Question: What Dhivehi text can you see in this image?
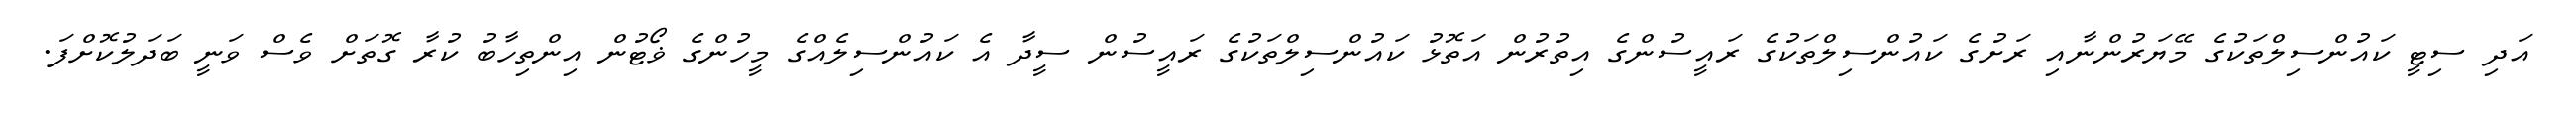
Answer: އަދި ސިޓީ ކައުންސިލްތަކުގެ މޭޔަރުންނާއި ރަށުގެ ކައުންސިލްތަކުގެ ރައީސުންގެ އިތުރުން އަތޮޅު ކައުންސިލްތަކުގެ ރައީސުން ސީދާ އެ ކައުންސިލެއްގެ މީހުންގެ ޥޯޓުން އިންތިހާބު ކުރާ ގޮތަށް ވެސް ވަނީ ބަދަލުކޮށްފަ.